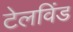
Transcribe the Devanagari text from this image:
टेलविंड